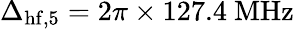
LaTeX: \Delta_{\mathrm{hf},5}=2\pi\times 127.4~\mathrm{MHz}